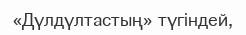
«Дүлдүлтастың» түгіндей,